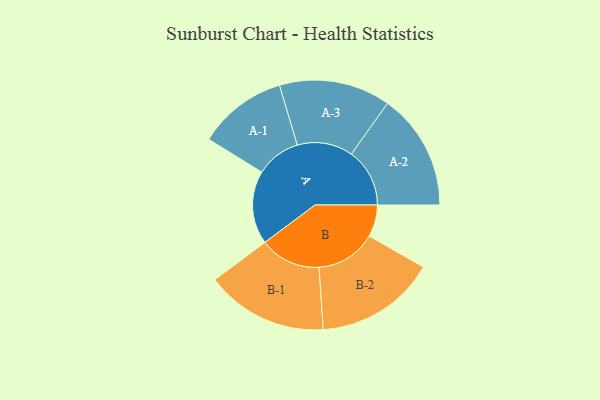
{"axis": {"x": "Segment", "y": "Value"}, "legend": ["", "A", "B"], "data": [{"x": "A", "y": 354, "type": ""}, {"x": "B", "y": 154, "type": ""}, {"x": "A-1", "y": 216, "type": "A"}, {"x": "A-2", "y": 282, "type": "A"}, {"x": "A-3", "y": 269, "type": "A"}, {"x": "B-1", "y": 295, "type": "B"}, {"x": "B-2", "y": 292, "type": "B"}]}